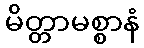
မိတ္တာမစ္စာနံ